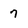
Character: 7